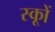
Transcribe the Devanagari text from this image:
स्कूों